255_413270_UFO's_and_Defense_What_Should_we_Prepare_For
Agency: NASA
Page 73
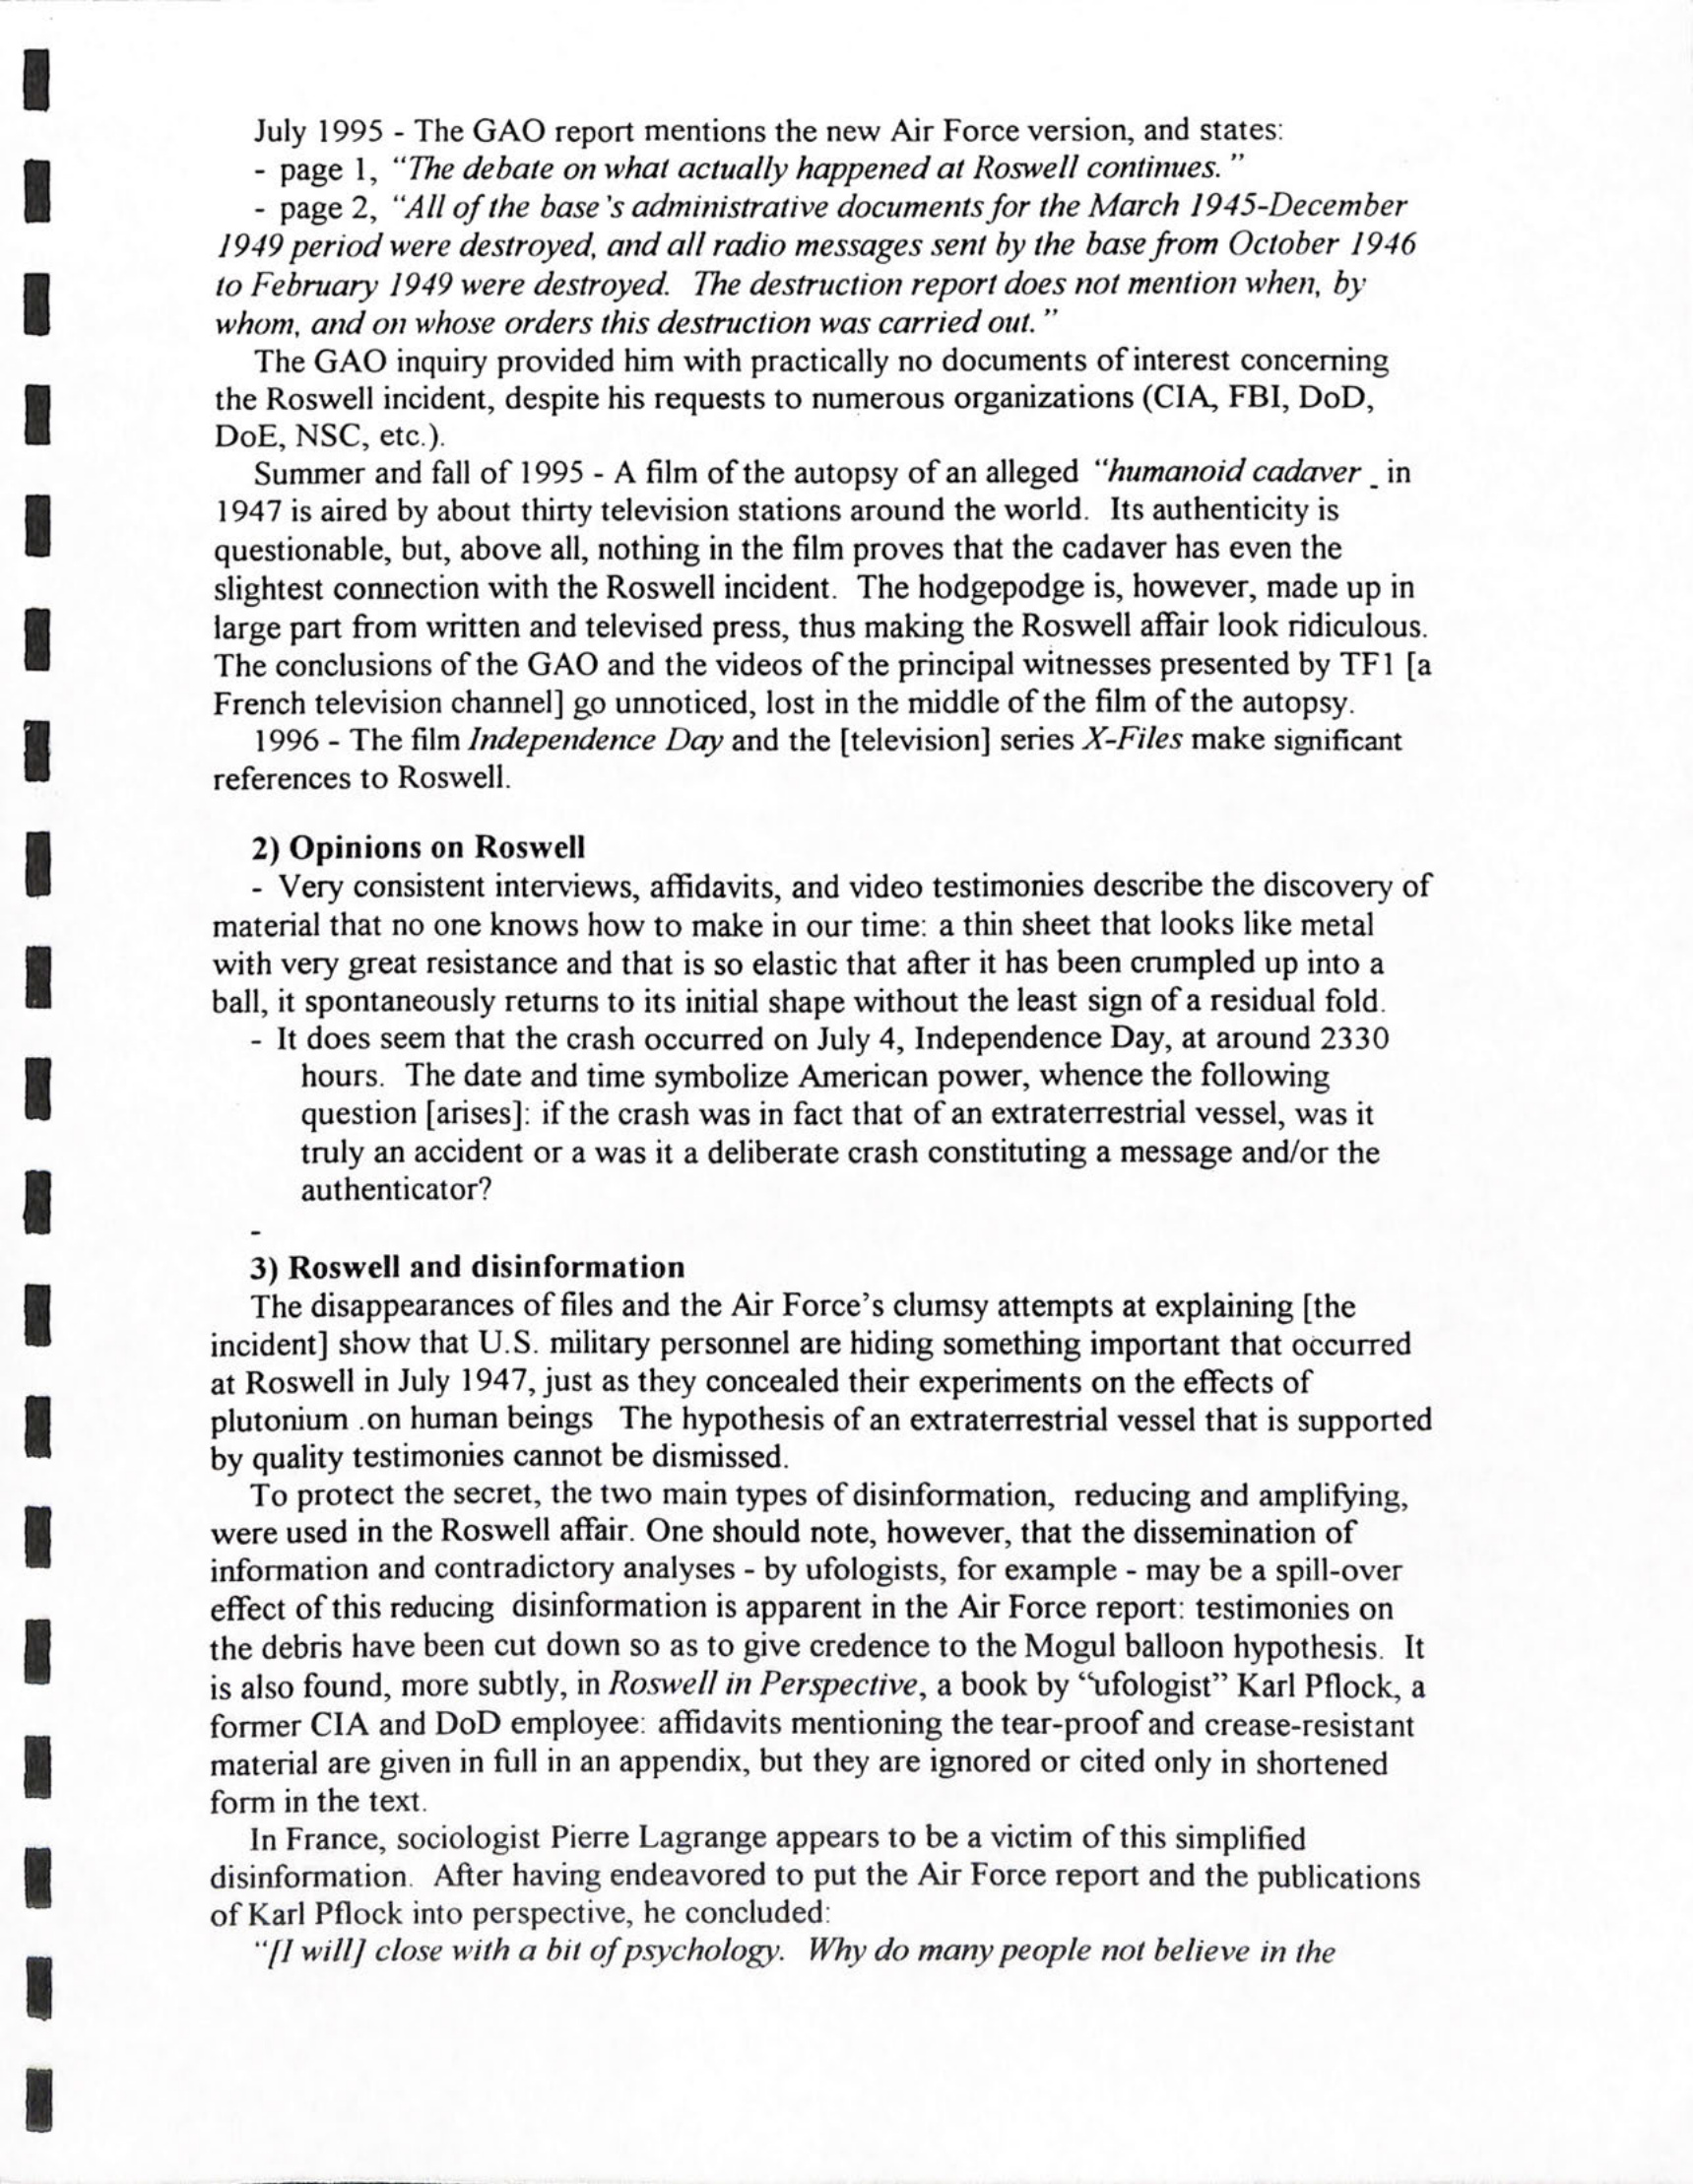